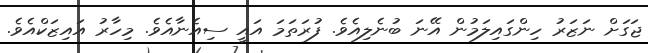
ޖަގަށް ނަޒަރު ހިންގައިލަމުން އޭނަ ބުނެލިއެވެ. ފުރަތަމަ އައީ ސިއެނާއެވެ. މިހާރު އައިޒަކްއެވެ.